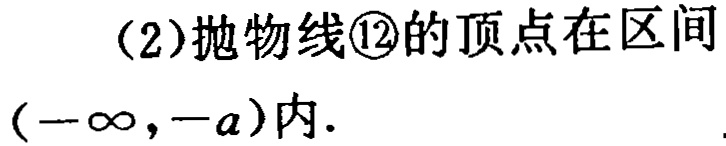
（2）抛物线\textcircled{12}的顶点在区间\((-\infty,-a)\)内.